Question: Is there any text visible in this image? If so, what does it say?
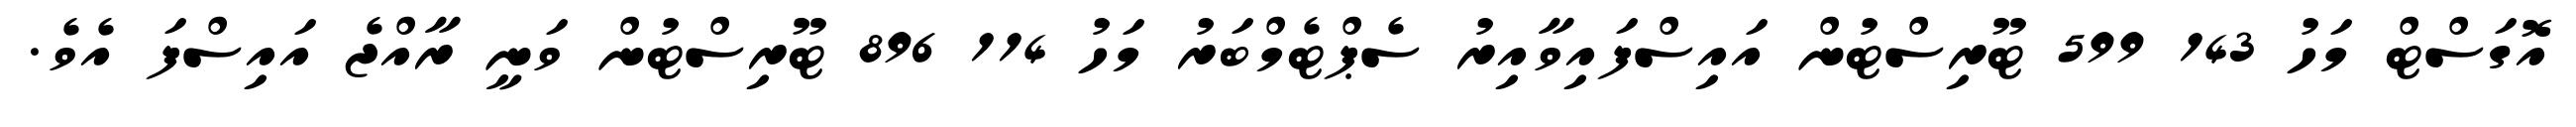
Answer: އޮގަސްޓް މަހު 143 599 ޓޫރިސްޓުން އައިސްފައިވާއިރު ސެޕްޓެމްބަރު މަހު 114 896 ޓޫރިސްޓުން ވަނީ ރާއްޖެ އައިސްފަ އެވެ.